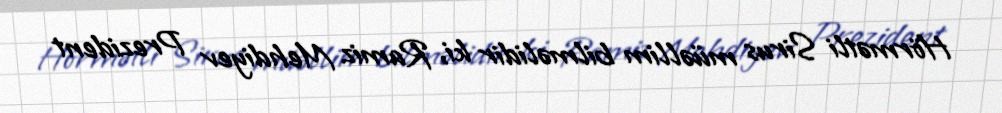
Hörmətli Sirus müəllim bilməlidir ki, Ramiz Mehdiyev Prezident